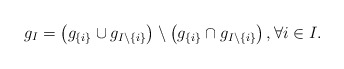
\begin{align*}g_I = \big(g_{\{i\}}\cup g_{I\setminus\{i\}}\big)\setminus \big(g_{\{i\}} \cap g_{I\setminus\{i\}}\big)\,,\forall i\in I.\end{align*}